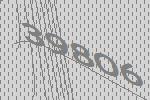
39806